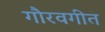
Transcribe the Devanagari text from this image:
गौरवगीत